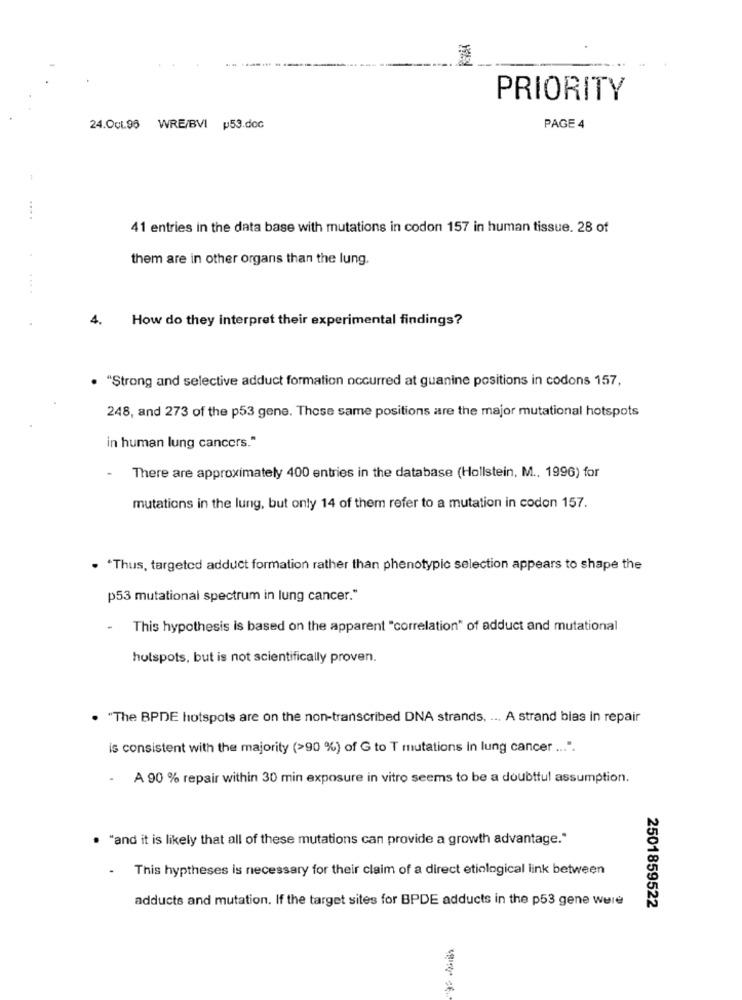
PRIORITY
24.Oct.96 WRE/BVI p53.doc
PAGE 4
41 entries in the data base with mutations in codon 157 in human tissue. 28 of
them are in other organs than the lung.
...
4.
How do they interpret their experimental findings?
. "Strong and selective adduct formation occurred at guanine positions in codons 157,
248, and 273 of the p53 gene. These same positions are the major mutational hotspots
in human lung cancers."
There are approximately 400 entries in the database (Hollstein, M ., 1996) for
mutations in the lung, but only 14 of them refer to a mutation in codon 157.
. . Thus, targeted adduct formation rather than phenotypic selection appears to shape the
p53 mutational spectrum in lung cancer."
-
This hypothesis is based on the apparent "correlation" of adduct and mutational
hotspots, but is not scientifically proven.
"The BPDE hotspots are on the non-transcribed DNA strands. ... A strand bias in repair
is consistent with the majority (>90 %) of G to T mutations In lung cancer ... ".
.
A 90 % repair within 30 min exposure in vitro seems to be a doubtful assumption.
"and it is likely that all of these mutations can provide a growth advantage."
.
This hyptheses is necessary for their claim of a direct etiological link between
adducts and mutation. If the target sites for BPDE adducts in the p53 gene were
2501859522